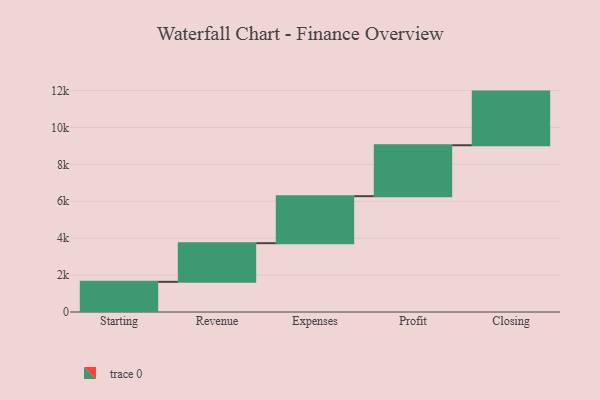
{"axis": {"x": "Step", "y": "Value"}, "legend": [""], "data": [{"x": "Starting", "y": 1635.0, "type": ""}, {"x": "Revenue", "y": 2092.0, "type": ""}, {"x": "Expenses", "y": 2547.0, "type": ""}, {"x": "Profit", "y": 2760.0, "type": ""}, {"x": "Closing", "y": 2906.0, "type": ""}]}